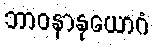
ဘာဝနာနုယောဂံ